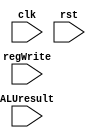
module write_back(
    input [7:0] ALUresult,
    input regWrite,
	 input clk,
	 input rst
    );
	
	always@(posedge clk)
	begin
		if(regWrite == 1)
			Reg[write_reg] <= write_data;
	end

endmodule